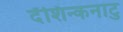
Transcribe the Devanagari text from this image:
दॅशिन्कनाटु